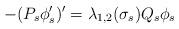
LaTeX: \begin{align*}-(P_s \phi_s')' = \lambda_{1,2}(\sigma_s) Q_s \phi_s\end{align*}